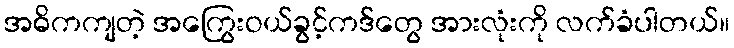
အဓိကကျတဲ့ အကြွေးဝယ်ခွင့်ကဒ်တွေ အားလုံးကို လက်ခံပါတယ်။